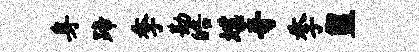
身蹄季勘皓堞奇季盥